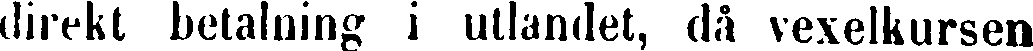
direkt betalning i utlandet, då vexelkursen